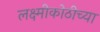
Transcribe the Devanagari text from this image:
लक्ष्मीकोठीच्या